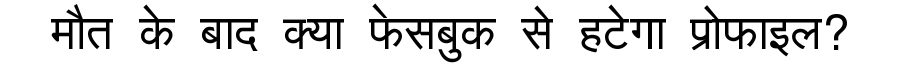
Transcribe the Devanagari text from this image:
मौत के बाद क्या फेसबुक से हटेगा प्रोफाइल?